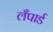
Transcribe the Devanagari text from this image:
लँपार्ड